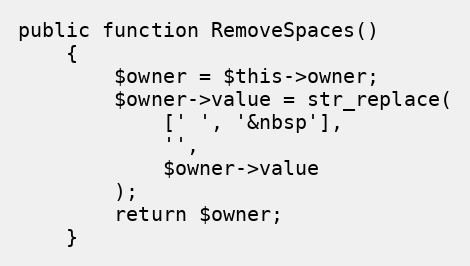
Language: PHP
public function RemoveSpaces()
    {
        $owner = $this->owner;
        $owner->value = str_replace(
            [' ', '&nbsp'],
            '',
            $owner->value
        );
        return $owner;
    }